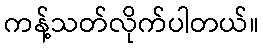
ကန့်သတ်လိုက်ပါတယ်။